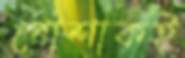
পোশাকই